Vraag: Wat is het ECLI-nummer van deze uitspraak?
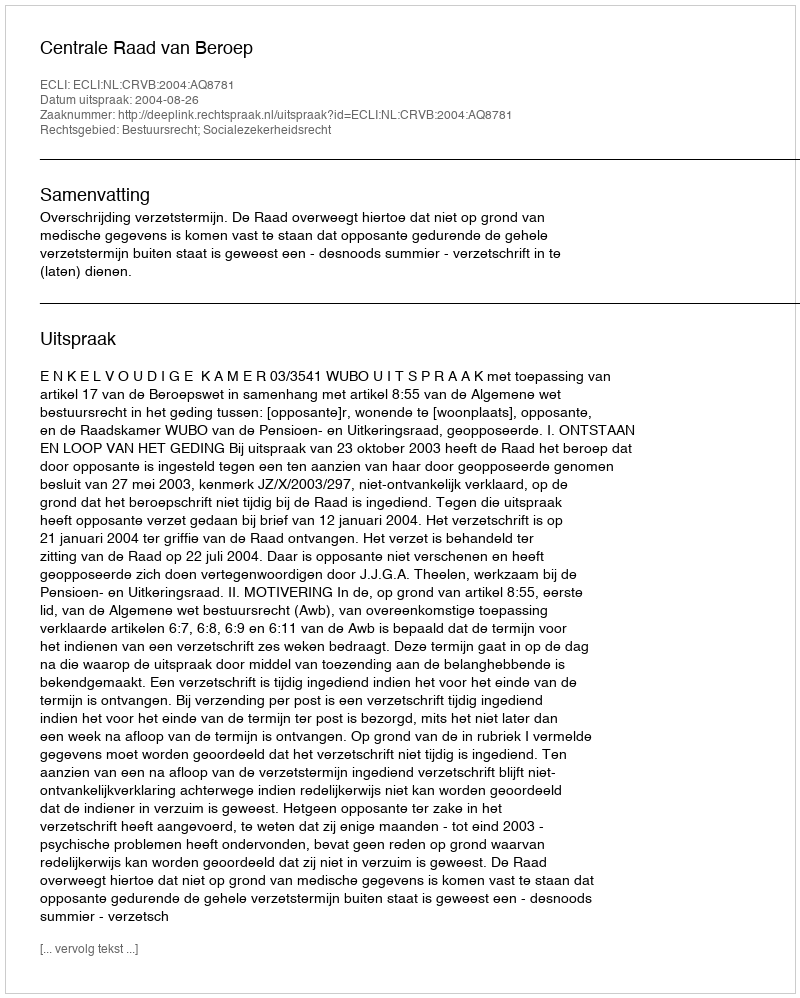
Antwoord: ECLI:NL:CRVB:2004:AQ8781